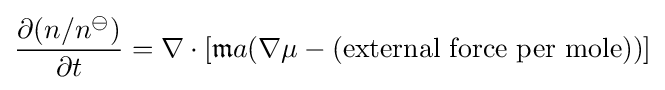
{\frac {\partial (n/n^{\ominus })}{\partial t}}=\nabla \cdot [{\mathfrak {m}}a(\nabla \mu -({\text{external force per mole}}))]